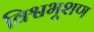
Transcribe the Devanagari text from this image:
विश्वभूशण